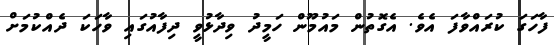
ފާހަގަ ކުރައްވާފަ އެވެ. އެގޮތުން މައުމޫން ހަމީދު ވިދާޅުވީ ދިފާއުގައި ވާހަކަ ދެއްކުމަށް